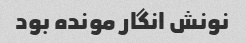
نونش انگار مونده بود